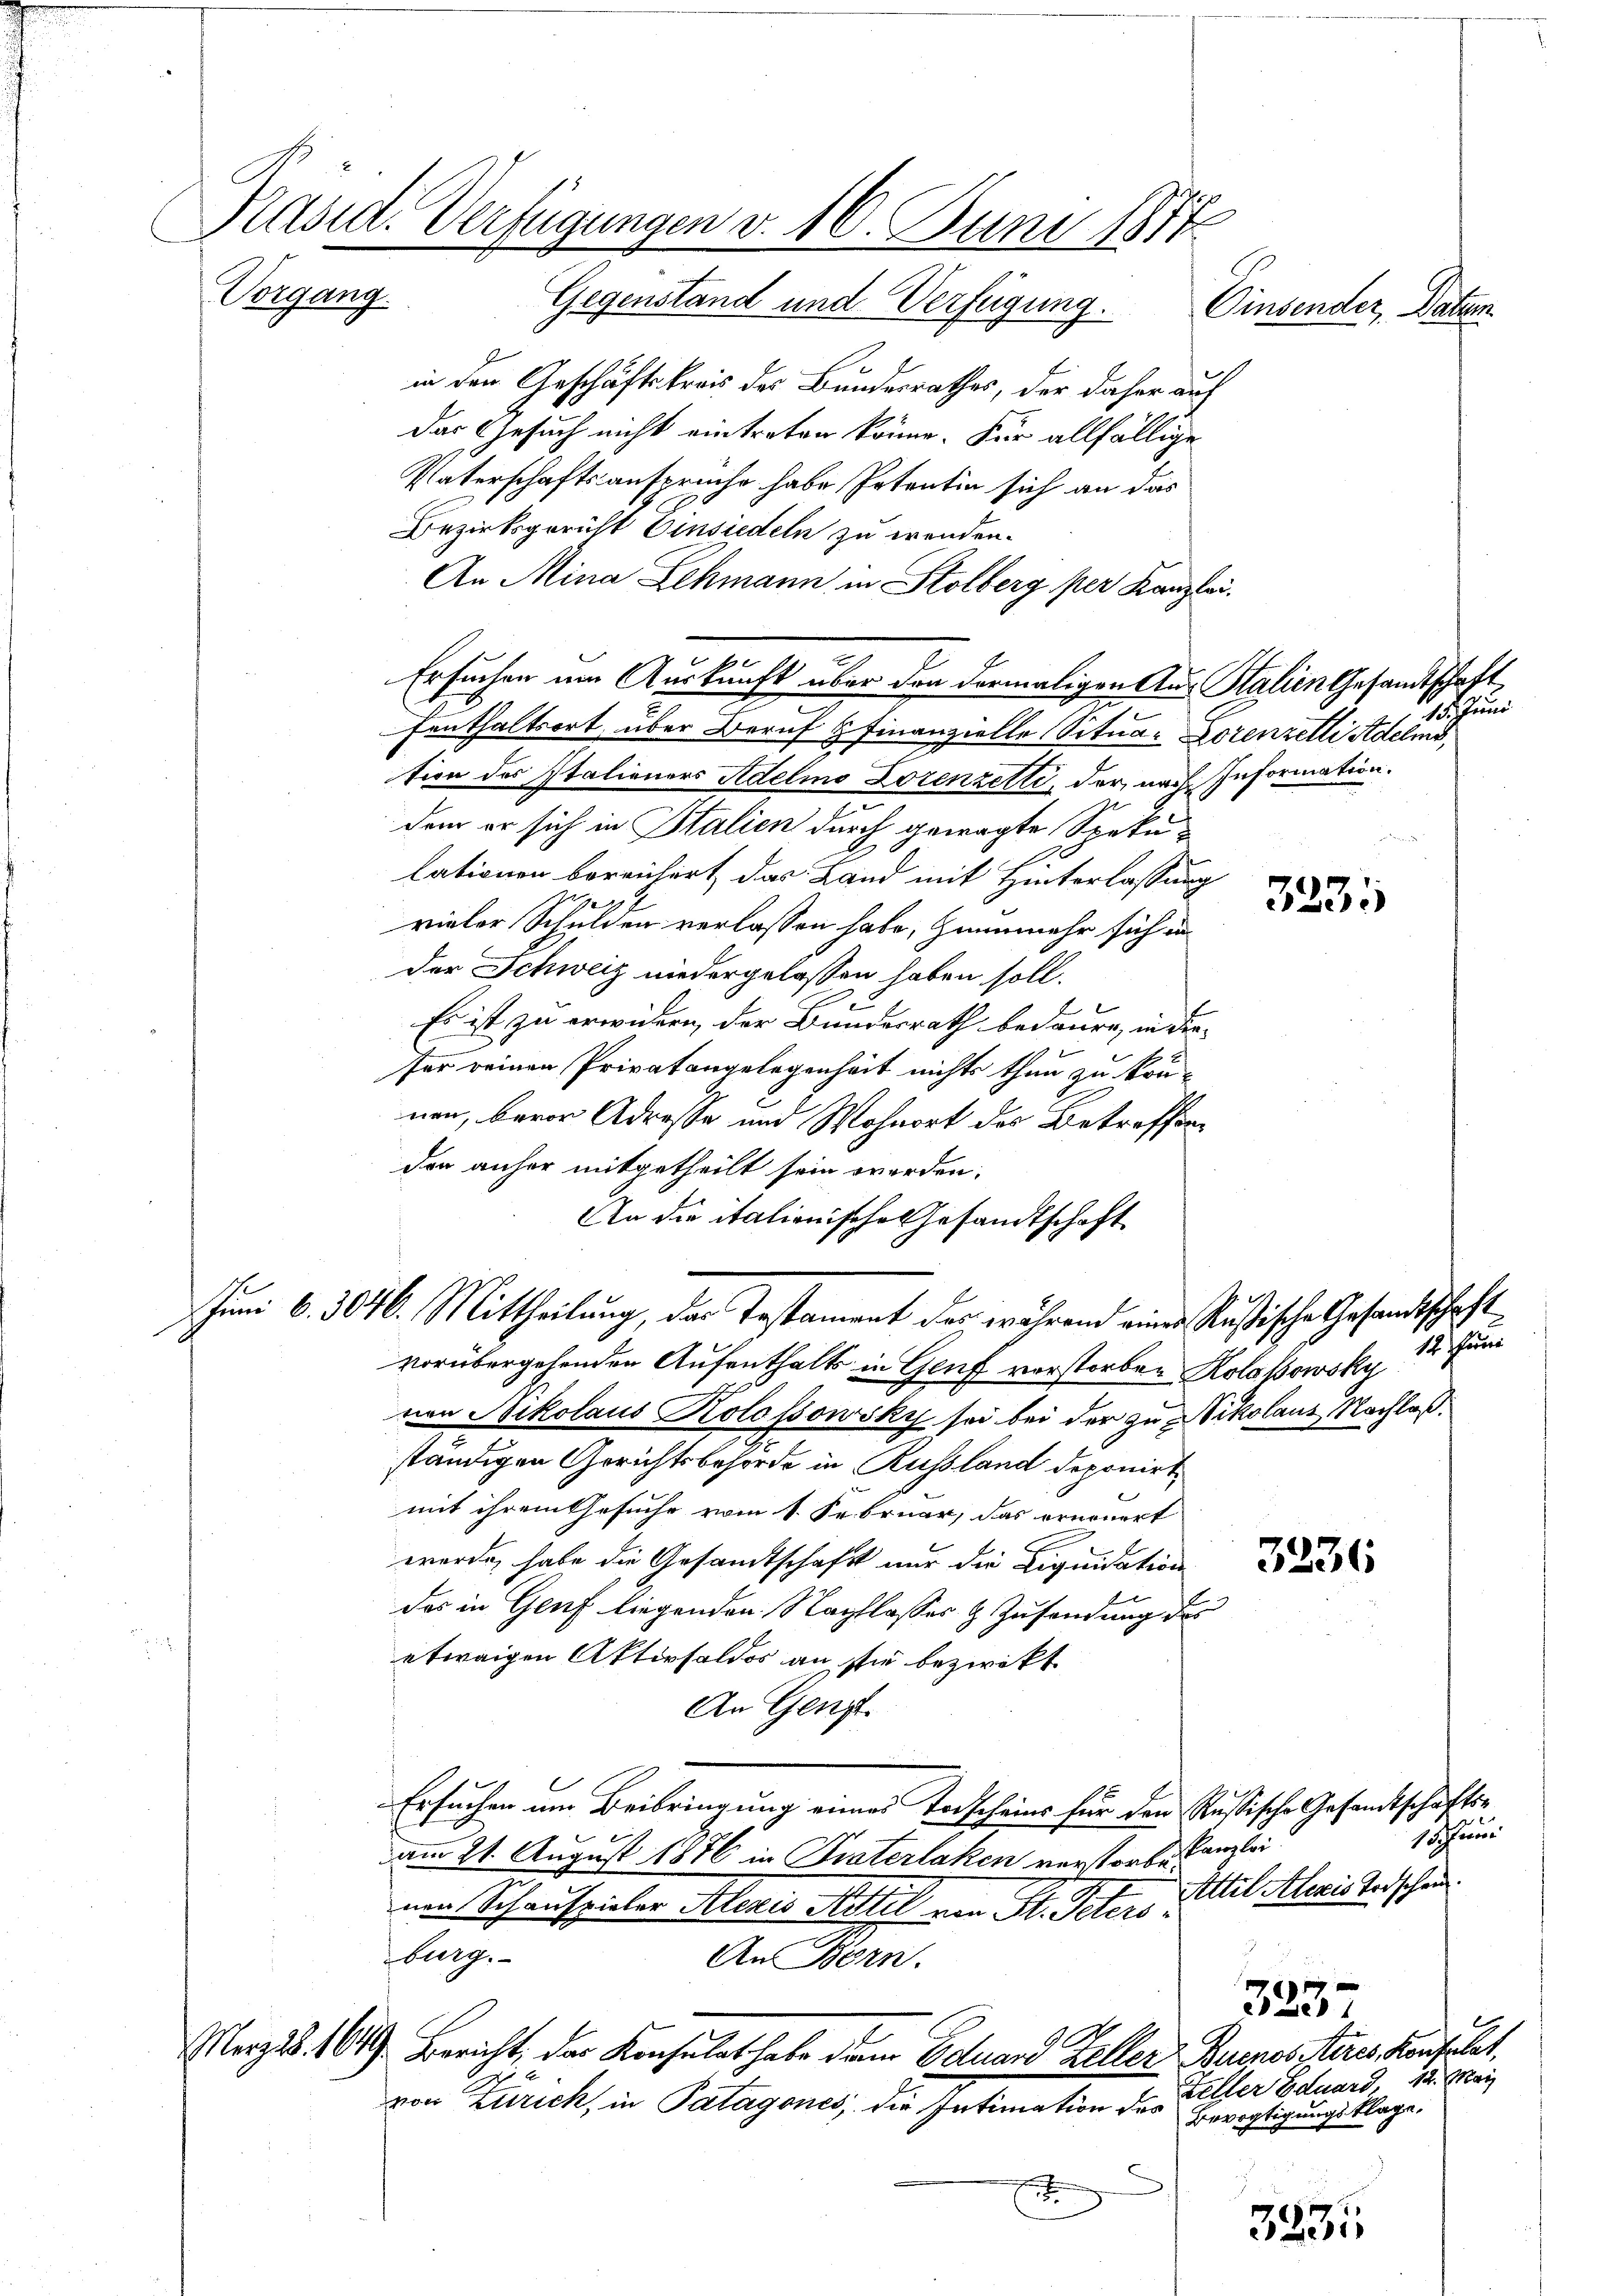
Präsid. Verfügungen v. 16. Juni 1874
Vorgang. Gegenstand und Verfügung.
Einsender, Datum.

in den Geschäftskreis des Bundesrathes, der daher auf
das Gesuch nicht eintreten könne. Für allfällige
Vaterschaftsanspruche habe Petentin sich an das
Bezirksgericht Einsiedeln zu wenden.
An Mina Lehmann in Stolberg per Kanzlei.
fenthaltsort, über Beruf Finanzielle Situar Lorenzelli Adelms
tion des Italieners Adelio Lorenzelli, der nach Information.
dem er sich in Stalien durch gewagte Spekui
lationen bereichert das Land mit Hinterlassung
rialer Schulden verlassen habe, Heunmehr sich in
der Schweiz niedergelassen haben soll.
Es ist zu erwüren, der Bundesrath bedauen, in die
für seinen Privatangelegenheit nichts thun zu kön-
nen, bevor Adresse und Wohnort des Betreffenden anher mitgetheilt sein werden.
An die italionische Gesandtschaft

Ersuchen um Auskunft über den dermaligen Aus Salien Gesandtschaft,

Juni 6. 3046. Mittheilung, das Testament des während einer Rußische Gesandtschaft

vorübergehenden Aufenthalts in Genf verstorben Kolasowsky
nen Nikolaus Kolossowsky sei bei der zu Vikolaus Nachlaß.
ständigen Gerichtsbehörde in Russland deponirt
mit ihrem Gesuche vom 1. Februar, das erneuert
werde, habe die Gesandtschaft nur die Liquidation
das in Genf liegenden Nachtlasses & Zusendung des
etwaigen Aktivsaldos an sie bezwikt
An Genz
Ersuchen im Beibringung eines Todscheins für den Rustische Gesandtschäftsam 21. August 1876 in Praterlaken verstorben Kanzlei
Attil Alexis Todschein
um Schauspieler Alexis Artil von St. Petersburg.
An Bern.
3237
Merz 28. 1049. Bericht, das Konsulat habe den Eduard Zeller Buenos iteres Konsulat,
Zeller Eduard 12. Mai
von Zürich, in Patagones, die Intimation des
Bevogtigungsklage,
.
3235

3235

15. Juni

12. Juni

shau